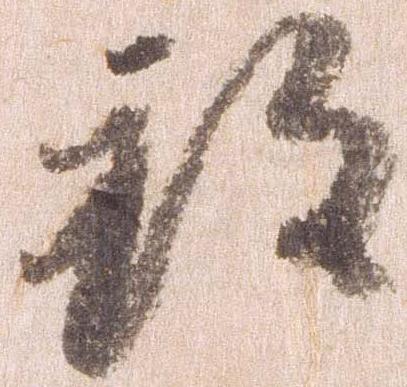
致